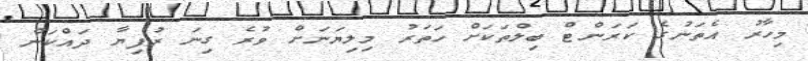
މިހާރު އެތަނުގެ ކަރަންޓް ބިލްތަކަށް ހަތަރު މިލިޔަނަށް ވުރެ ގިނަ ރުފިޔާ ދައްކަން